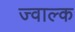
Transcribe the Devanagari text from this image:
ज्वाल्क